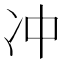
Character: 冲